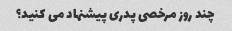
چند روز مرخصی پدری پیشنهاد می کنید؟